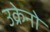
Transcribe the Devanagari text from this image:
उक्रेनो